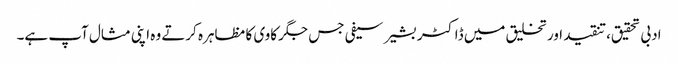
ادبی تحقیق،تنقید اور تخلیق میں ڈاکٹر بشیر سیفی جس جگر کاوی کا مظاہرہ کرتے وہ اپنی مثال آپ ہے۔